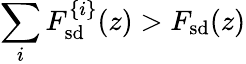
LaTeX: \sum_{i}F_{\mathrm{sd}}^{\{ i\} }(z)>F_{\mathrm{sd}}(z)